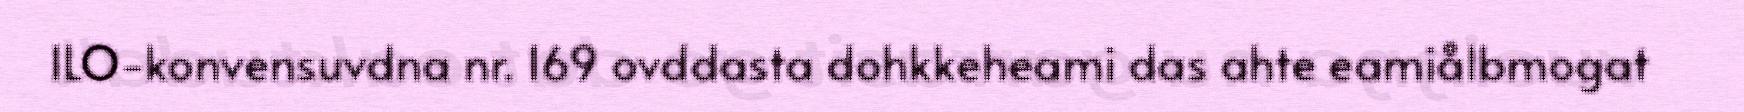
ILO-konvensuvdna nr. 169 ovddasta dohkkeheami das ahte eamiålbmogat